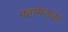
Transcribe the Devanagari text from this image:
महामंडळा